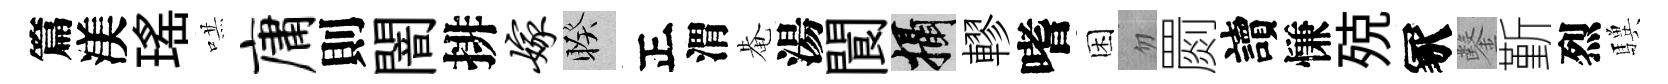
篇渼瑤哄庸則闇排嫁睽正渭𤲅湯閬攝轇嗜困忽罽讀慊殑冢鑿斳烈驥